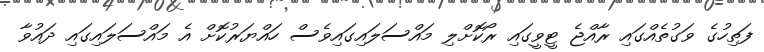
ފަތިހުގެ ވަގުތެއްގައި ރާއްޖެ ޓީވީގައި ރޯކޮށްލި މައްސަލައިގައިވެސް ހައްޔަރުކޮށް އެ މައްސަލައިގައި ދައުވާ